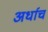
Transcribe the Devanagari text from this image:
अर्धाच